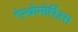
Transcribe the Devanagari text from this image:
ऐन्थ्रोमोर्फिस्म